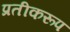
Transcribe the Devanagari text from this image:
प्रतीकरूप